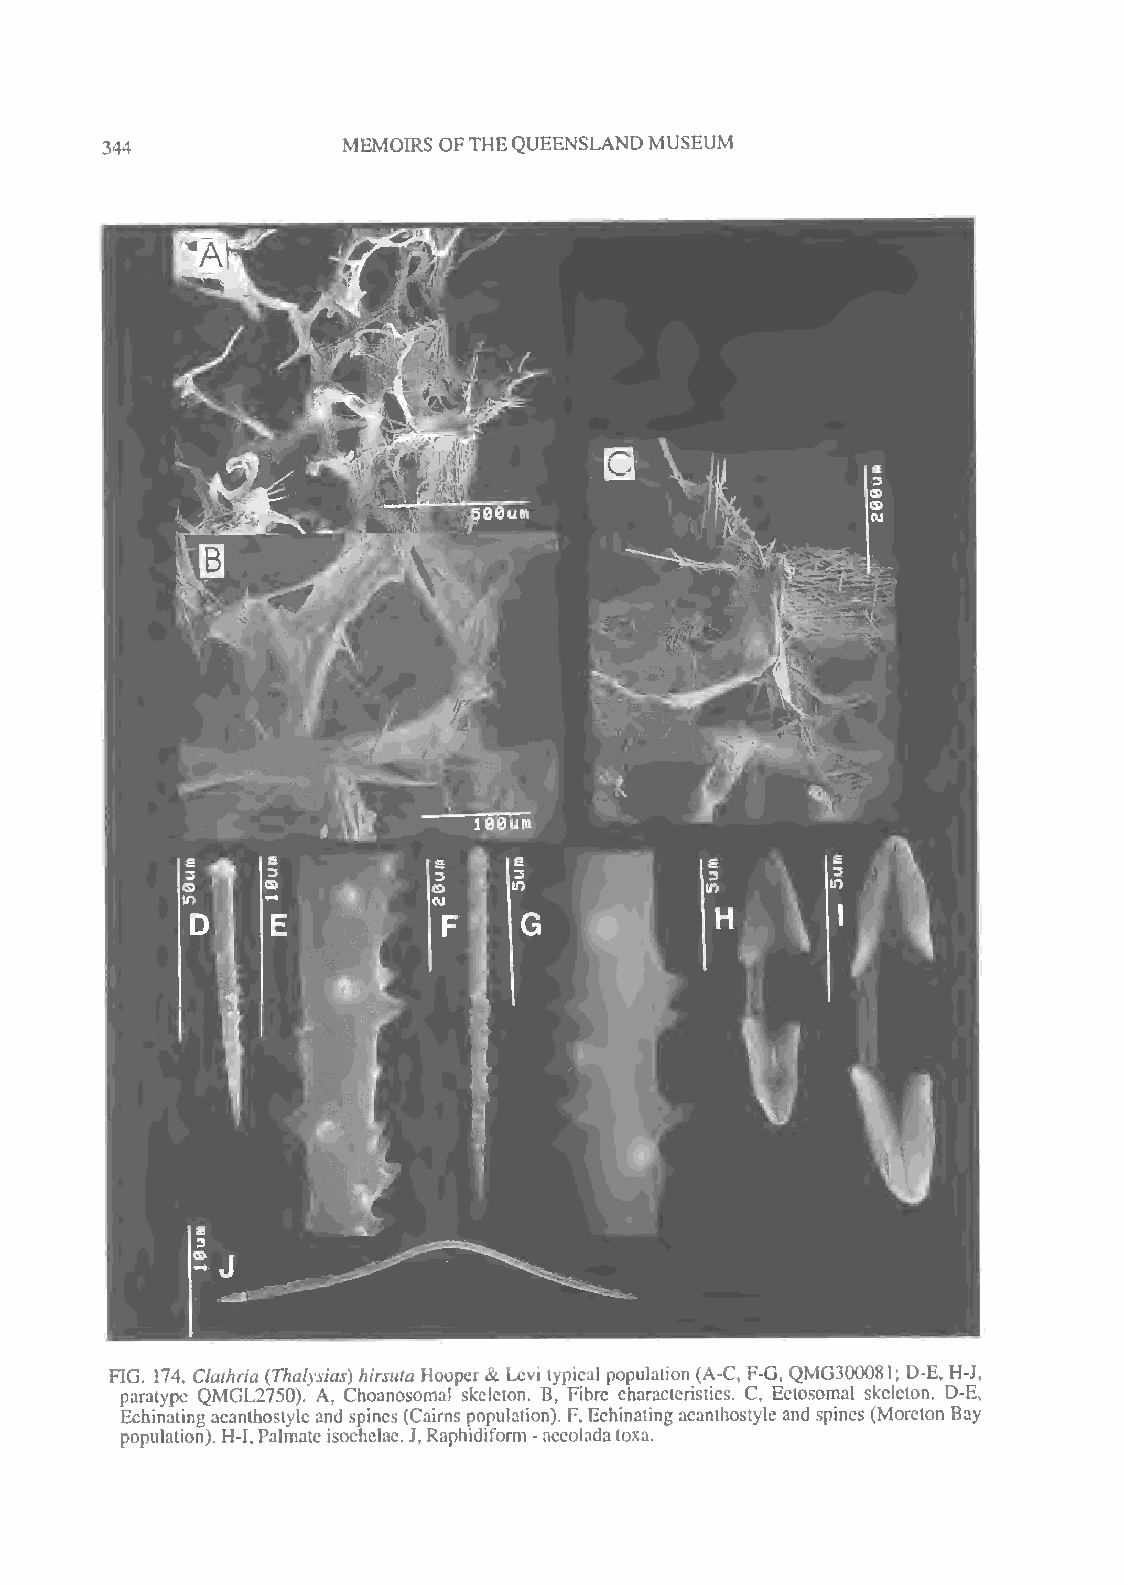
MEMOIRS OFTHEQUEENSLANDMUSEUM
 344
 FIG. 174. Clathria {Thalysias) hirsuta Hooper& Levi typical population (A-C, F-G, QMG300081; D-E, H-J,
 paratype QMGL2750). A, Choanosomal skeleton. B, Fibre characteristics. C, Ectosomal skeleton. D-E,
 Echinatingacanthostyle andspines (Cairns population). F, Echinating acanthostyle and spines (Moreton Bay
 population). H-I,Palmateisochelae.J, Raphidiform-accoladatoxa.